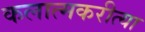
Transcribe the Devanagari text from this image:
कलात्मकरीत्या